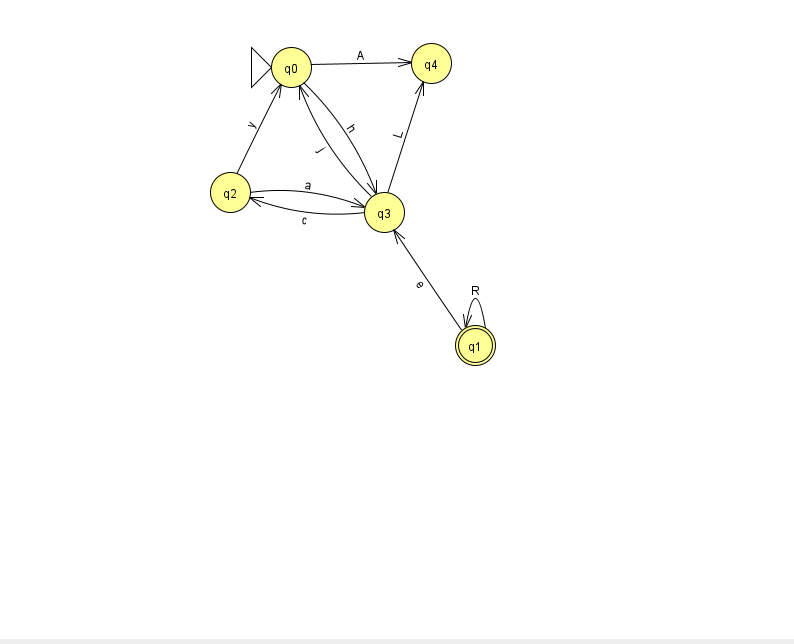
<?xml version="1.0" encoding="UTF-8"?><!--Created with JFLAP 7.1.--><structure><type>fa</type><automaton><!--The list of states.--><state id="0" name="q0"><x>291.0</x><y>54.0</y><initial/></state><state id="1" name="q1"><x>475.0</x><y>332.0</y><final/></state><state id="2" name="q2"><x>230.0</x><y>179.0</y></state><state id="3" name="q3"><x>384.0</x><y>199.0</y></state><state id="4" name="q4"><x>431.0</x><y>50.0</y></state><!--The list of transitions.--><transition><from>1</from><to>1</to><read>R</read></transition><transition><from>3</from><to>2</to><read>c</read></transition><transition><from>0</from><to>4</to><read>A</read></transition><transition><from>2</from><to>3</to><read>a</read></transition><transition><from>1</from><to>3</to><read>e</read></transition><transition><from>2</from><to>0</to><read>y</read></transition><transition><from>0</from><to>3</to><read>h</read></transition><transition><from>3</from><to>0</to><read>j</read></transition><transition><from>3</from><to>4</to><read>L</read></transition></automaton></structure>